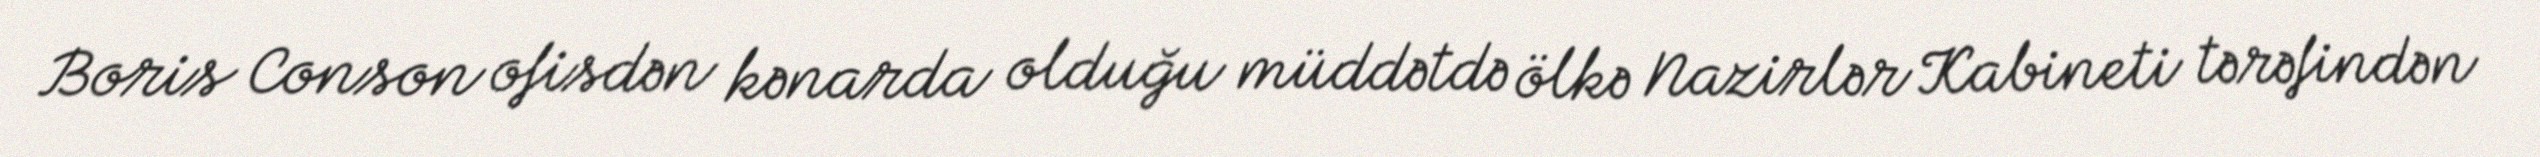
Boris Conson ofisdən kənarda olduğu müddətdə ölkə Nazirlər Kabineti tərəfindən